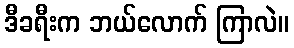
ဒီခရီးက ဘယ်လောက် ကြာလဲ။